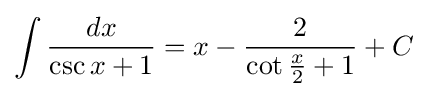
\int {\frac {dx}{\csc {x}+1}}=x-{\frac {2}{\cot {\frac {x}{2}}+1}}+C